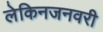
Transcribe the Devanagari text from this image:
लेकिनजनवरी